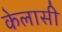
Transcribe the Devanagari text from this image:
केलासी